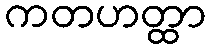
ကတဟတ္ထာ